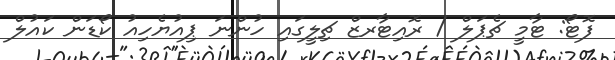
ފޮޓޯ: ޓާމީ ޗެޕަލް / ރޮއިޓާރޒް ޗިލީގައި ހުންނަ ޕިއުޔެހިއު ކޯޑަން ކައުލް